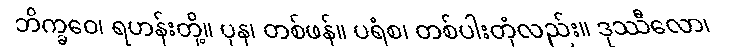
ဘိက္ခဝေ၊ ရဟန်းတို့။ ပုန၊ တစ်ဖန်။ ပရံစ၊ တစ်ပါးတုံလည်း။ ဒုဿီလော၊